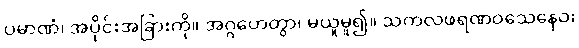
ပမာဏံ၊ အပိုင်းအခြားကို။ အဂ္ဂဟေတွာ၊ မယူမူ၍။ သကလဖရဏဝသေနေဝ၊